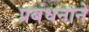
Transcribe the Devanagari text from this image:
प्रबंधनाने